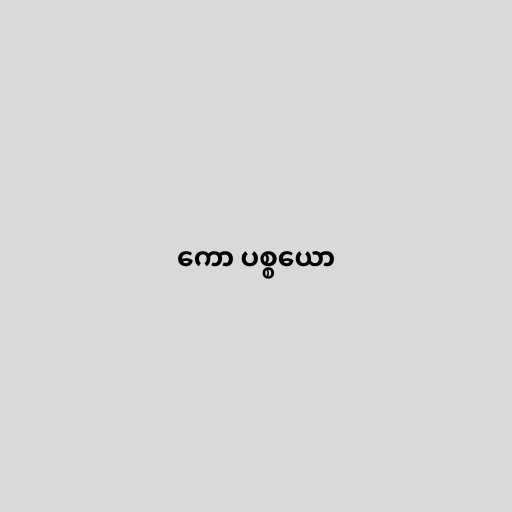
ကော ပစ္စယော